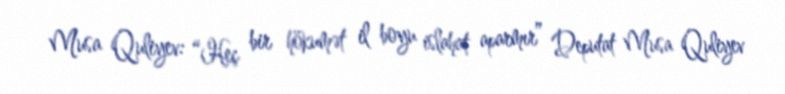
Musa Quliyev: “Heç bir hökumət il boyu islahat aparmır” Deputat Musa Quliyev